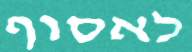
לאסוף